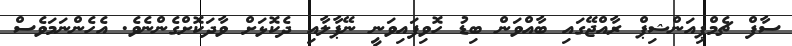
ސާފް ޗެމްޕިއަންޝިޕް ރާއްޖޭގައި ބާއްވަން ބިޑު ހޮވިފައިވަނީ ނޭޕާލާއި ދެކޮޅަށް ވާދަކޮށްގެންނެވެ. އެހެންނަމަވެސް